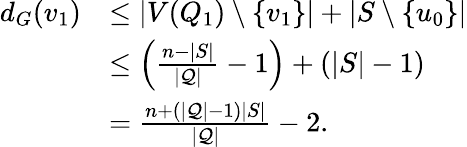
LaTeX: \begin{array}{rl}{d_{G}(v_{1})}&{\leq|V(Q_{1})\setminus\{ v_{1}\} |+|S\setminus\{ u_{0}\} |}\\ &{\leq\left(\frac{n-|S|}{|{\mathcal{Q}}|}-1\right)+(|S|-1)}\\ &{=\frac{n+(|{\mathcal{Q}}|-1)|S|}{|{\mathcal{Q}}|}-2.}\end{array}